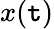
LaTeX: x(\mathtt{t})